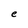
Character: e